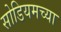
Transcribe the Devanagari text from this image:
सोडियमच्या